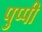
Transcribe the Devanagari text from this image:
पुप्पी